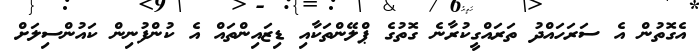
އެގޮތުން އެ ސަރަހައްދު ތަރައްގީކުރާނެ ގޮތުގެ ޕްލޭންތަކާއި ޑިޒައިންތައް އެ ކުންފުނިން ކައުންސިލަށް